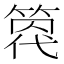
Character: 𥰒